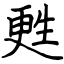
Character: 甦